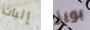
إثبات بويز